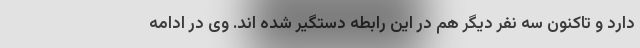
دارد و تاکنون سه نفر دیگر هم در این رابطه دستگیر شده اند. وی در ادامه